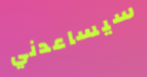
سيساعدني